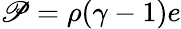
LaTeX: \mathscr{P}=\rho(\gamma-1)e